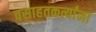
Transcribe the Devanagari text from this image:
वसाहतकर्त्यांना